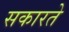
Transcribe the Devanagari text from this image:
सकारते